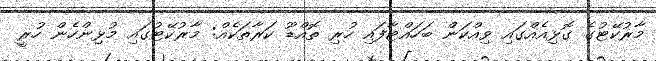
މާރުކޭޓުގެ ގޮޅިއެއްގައި ވިއްކަން ބަހައްޓާފައި ހުރި ތޮއްޑޫ ކަރާތަކެއް: މާރުކޭޓުގައި މުޅިންހެން ހުރީ